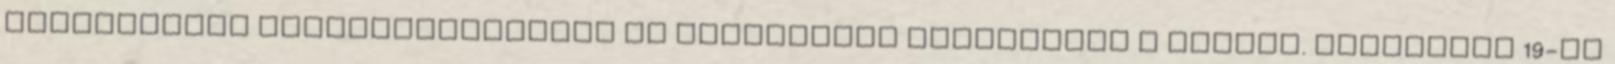
példamutató cselekedeteikkel és hűségükkel szolgálták a várost. Augusztus 19-én